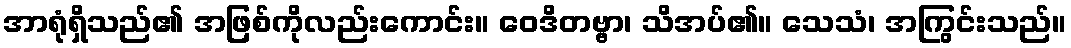
အာရုံရှိသည်၏ အဖြစ်ကိုလည်းကောင်း။ ဝေဒိတဗ္ဗာ၊ သိအပ်၏။ သေသံ၊ အကြွင်းသည်။